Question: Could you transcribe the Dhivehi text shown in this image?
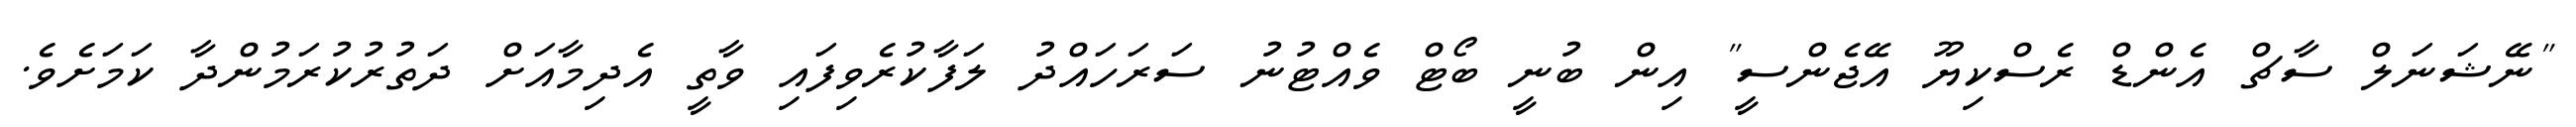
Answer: "ނޭޝަނަލް ސާޗް އެންޑް ރެސްކިޔޫ އޭޖެންސީ" އިން ބުނީ ބޯޓް ވެއްޓުނު ސަރަހައްދު ލަފާކުރެވިފައި ވާތީ އެދިމާއަށް ދަތުރުކުރަމުންދާ ކަމަށެވެ.